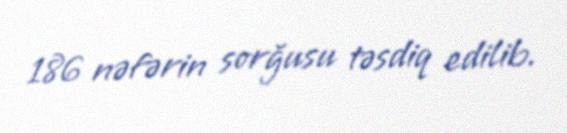
186 nəfərin sorğusu təsdiq edilib.